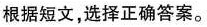
根据短文，选择正确答案。